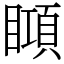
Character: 䁰